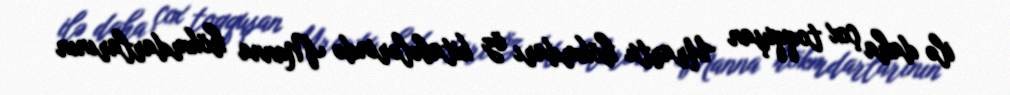
ilə daha çox toqquşan Urartu hökmdarı öz kitabələrində Manna hökmdarlarının